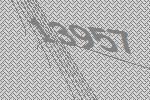
13957